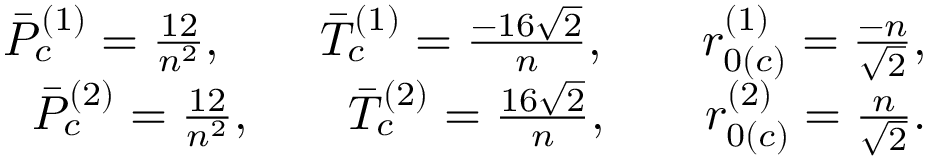
\begin{array} { r } { \Bar { P } _ { c } ^ { ( 1 ) } = \frac { 1 2 } { n ^ { 2 } } , \; \; \; \; \; \; \; \Bar { T } _ { c } ^ { ( 1 ) } = \frac { - 1 6 \sqrt { 2 } } { n } , \; \; \; \; \; \; \; r _ { 0 ( c ) } ^ { ( 1 ) } = \frac { - n } { \sqrt { 2 } } , } \\ { \Bar { P } _ { c } ^ { ( 2 ) } = \frac { 1 2 } { n ^ { 2 } } , \; \; \; \; \; \; \; \Bar { T } _ { c } ^ { ( 2 ) } = \frac { 1 6 \sqrt { 2 } } { n } , \; \; \; \; \; \; \; r _ { 0 ( c ) } ^ { ( 2 ) } = \frac { n } { \sqrt { 2 } } . } \end{array}